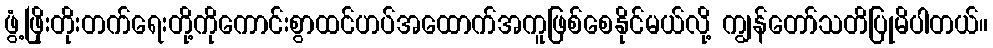
ဖွံ့ဖြိုးတိုးတက်ရေးတို့ကိုကောင်းစွာထင်ဟပ်အထောက်အကူဖြစ်စေနိုင်မယ်လို့ ကျွန်တော်သတိပြုမိပါတယ်။